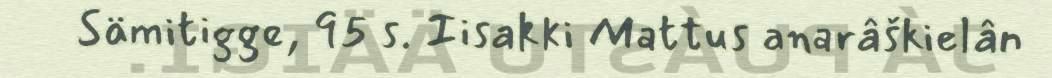
Sämitigge, 95 s. Iisakki Mattus anarâškielân